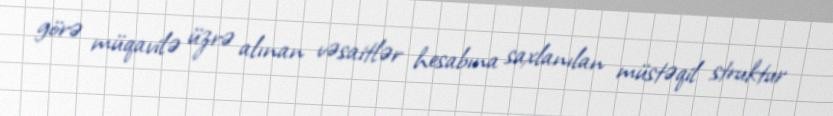
görə müqavilə üzrə alınan vəsaitlər hesabına saxlanılan müstəqil struktur